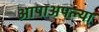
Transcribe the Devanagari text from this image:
आपाअपल्या